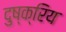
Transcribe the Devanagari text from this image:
दुष्क्रिय